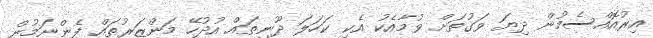
އިރުއޮއްސެމުން ދިޔަ ވަގުތަށް ވުމާއެކު އެކި ކަހަލަ ދޫނިތައް އުދުހޭ މަންޒަރުތައް ފެންނަމުން